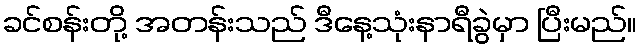
ခင်စန်းတို့ အတန်းသည် ဒီနေ့သုံးနာရီခွဲမှာ ပြီးမည်။